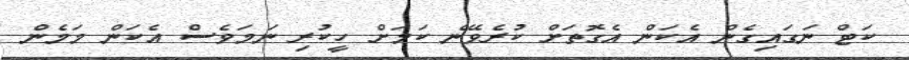
ކަޓް ނަގައިގެން އެކަން އެގޮތަށް ކުރެވޭނެ ކަމަށް ހީކުރި ނަމަވެސް އެކަން މަމެން